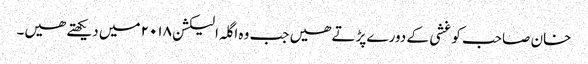
خان صاحب کو غشی کے دورے پڑتے ھیں جب وہ اگلہ الیکشن ۲۰۱۸ میں دیکھتے ھیں۔